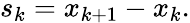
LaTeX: s_{k}=x_{k+1}-x_{k}.